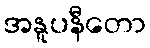
အနူပနီတော